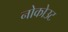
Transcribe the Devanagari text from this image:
नोकोउट